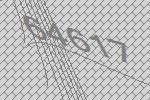
64617